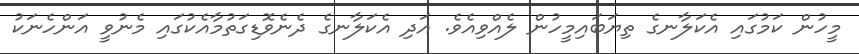
މީހުން ކަމުގައި އެކަލާނގެ ތިޔަބައިމީހުން ލެއްވިއެވެ. އަދި އެކަލާނގެ ދެނެވޮޑިގަތުމާއެކުގައި މެނުވީ އަންހެނަކު